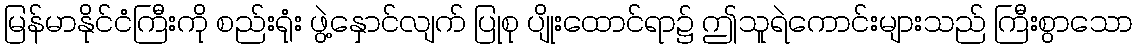
မြန်မာနိုင်ငံကြီးကို စည်းရုံး ဖွဲ့နှောင်လျက် ပြုစု ပျိုးထောင်ရာ၌ ဤသူရဲကောင်းများသည် ကြီးစွာသော